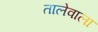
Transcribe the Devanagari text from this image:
तालेवाला